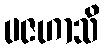
ပဇဟာသိ